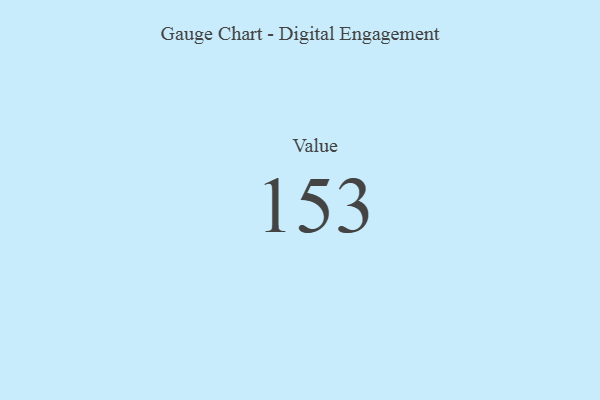
{"axis": {"x": "Metric", "y": "Value"}, "legend": [""], "data": [{"x": "Value", "y": 153, "type": ""}]}